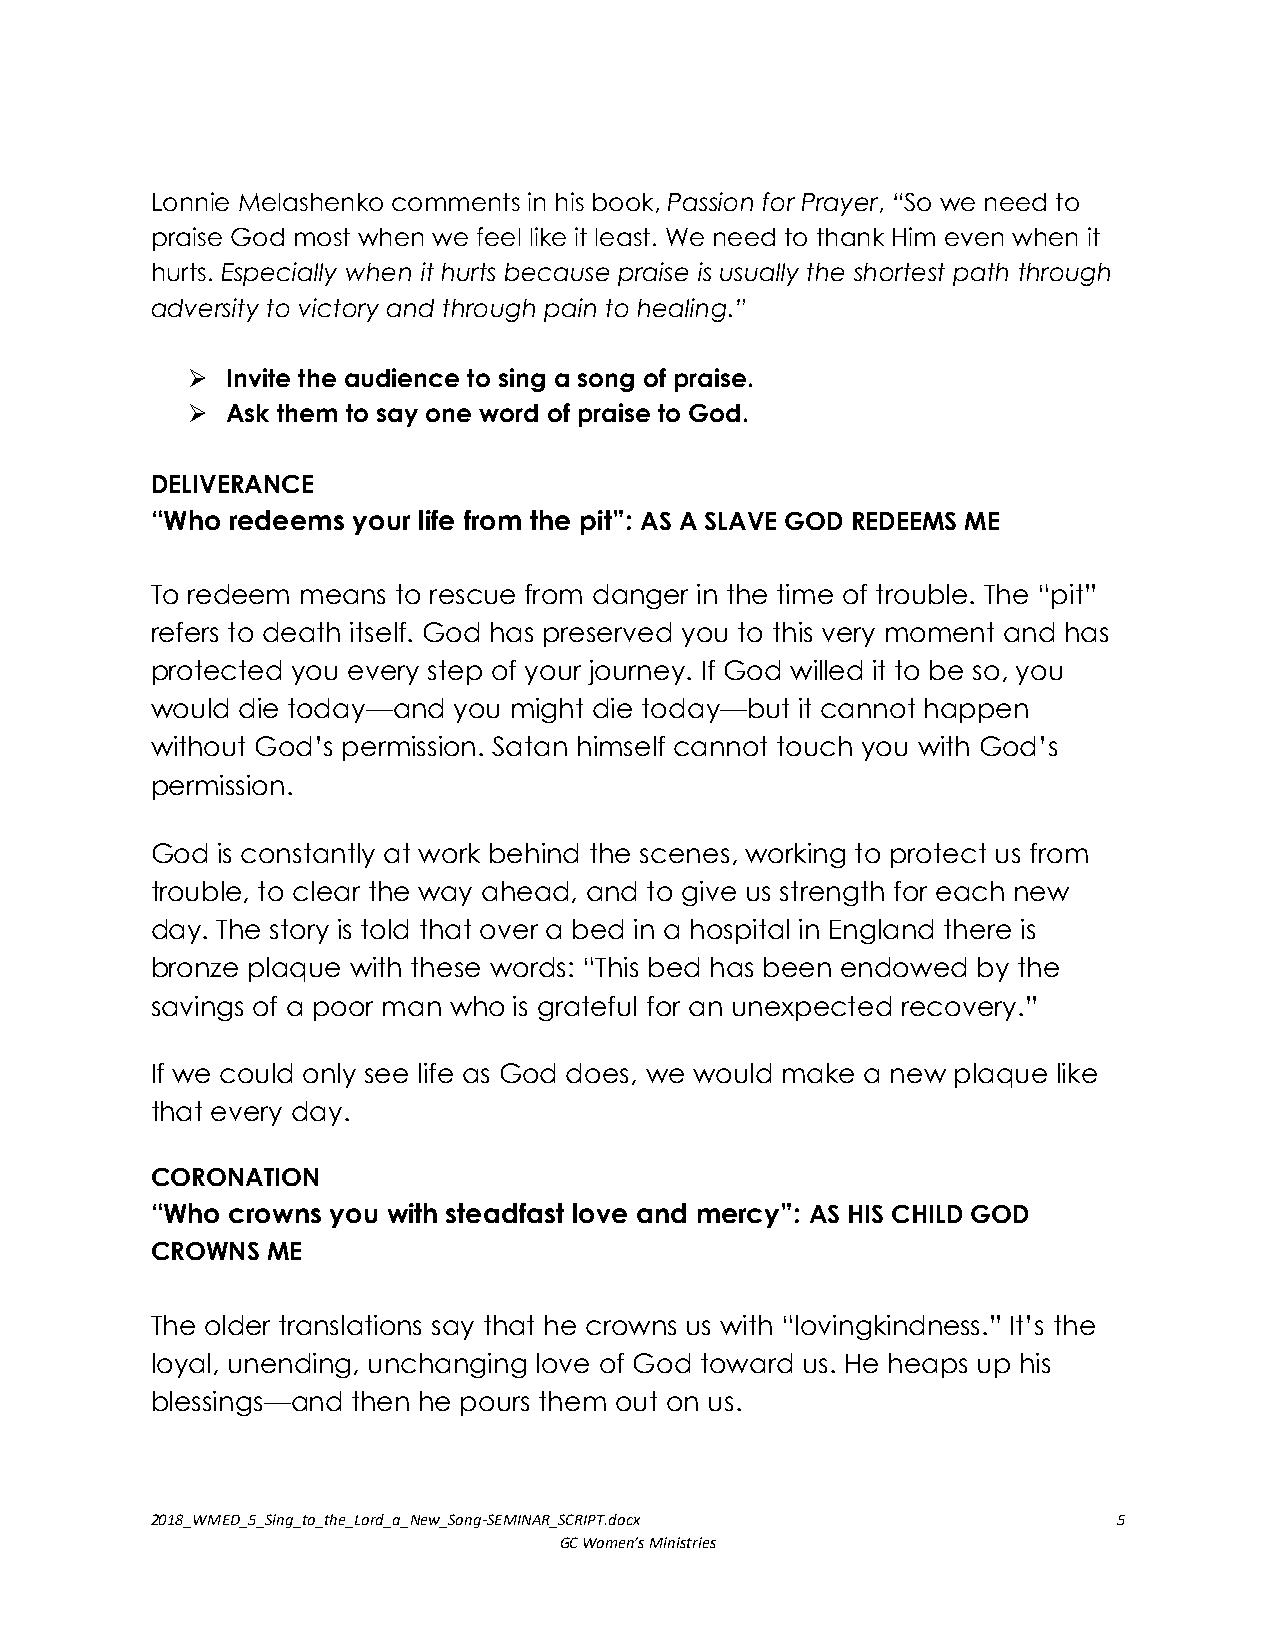
Lonnie Melashenko comments in his book, Passion for Prayer, “So we need to
 praise God most when we feel like it least. We need to thank Him even when it
 hurts. Especially when it hurts because praise is usually the shortest path through
 adversity to victory and through pain to healing.”
 Ø  Invite the audience to sing a song of praise.
 Ø  Ask them to say one word of praise to God.
 DELIVERANCE
 “Who redeems your life from the pit”: AS A SLAVE GOD REDEEMS ME
 To redeem means to rescue from danger in the time of trouble. The “pit”
 refers to death itself. God has preserved you to this very moment and has
 protected you every step of your journey. If God willed it to be so, you
 would die today—and you might die today—but it cannot happen
 without God’s permission. Satan himself cannot touch you with God’s
 permission.
 God is constantly at work behind the scenes, working to protect us from
 trouble, to clear the way ahead, and to give us strength for each new
 day. The story is told that over a bed in a hospital in England there is
 bronze plaque with these words: “This bed has been endowed by the
 savings of a poor man who is grateful for an unexpected recovery.”
 If we could only see life as God does, we would make a new plaque like
 that every day.
 CORONATION
 “Who crowns you with steadfast love and mercy”: AS HIS CHILD GOD
 CROWNS  ME
 The older translations say that he crowns us with “lovingkindness.” It’s the
 loyal, unending, unchanging love of God toward us. He heaps up his
 blessings—and then he pours them out on us.
 2018_WMED_5_Sing_to_the_Lord_a_New_Song-SEMINAR_SCRIPT.docx     5
 GC Women’s Ministries